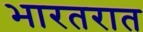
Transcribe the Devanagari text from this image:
भारतरात